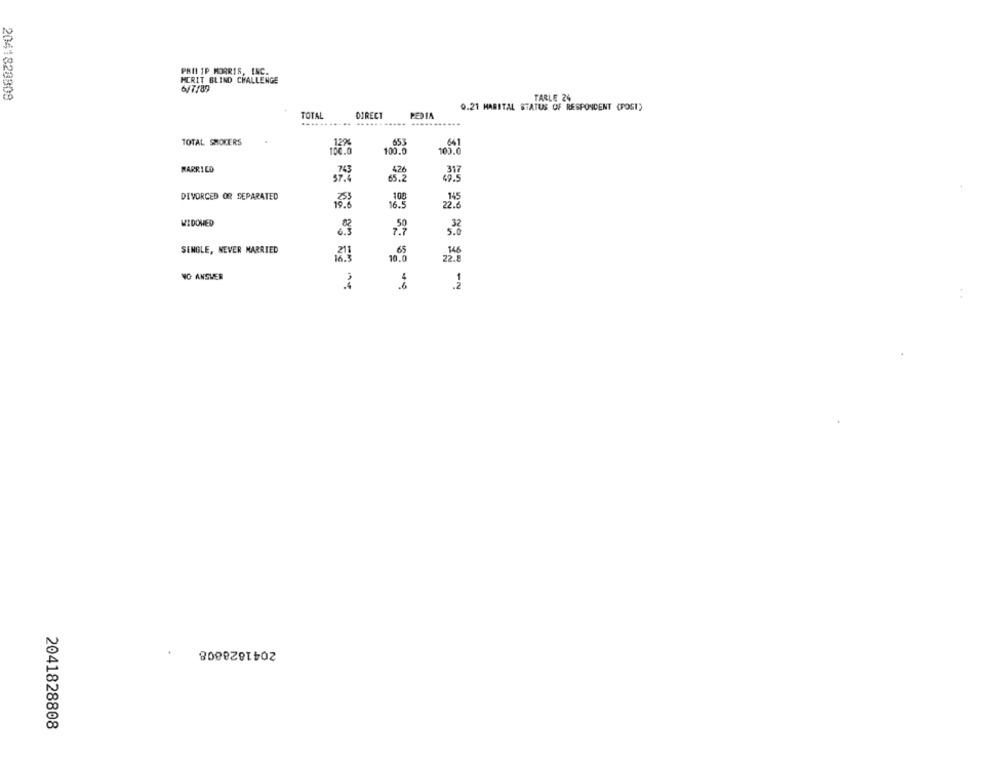
PHILIP MORRIS, INC.
MERIT BLIND CHALLENGE
6/7/89
2041828808
TARLE 24
0.21 MARITAL STATUS OF RESPONDENT (POST)
TOTAL
DIRECT
PEDIA
TOTAL SMOKERS
653
661
100.0
100.
MARRIED
65.2
DIVORCED OR SEPARATED
WIDOWED
SENGLE, NEVER MARRIED
NO ANSWER
2041828808
2041828808